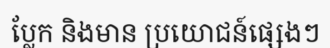
ប្លែក និងមាន ប្រយោជន៍ផ្សេងៗ